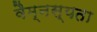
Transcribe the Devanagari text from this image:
वैम्नस्यता